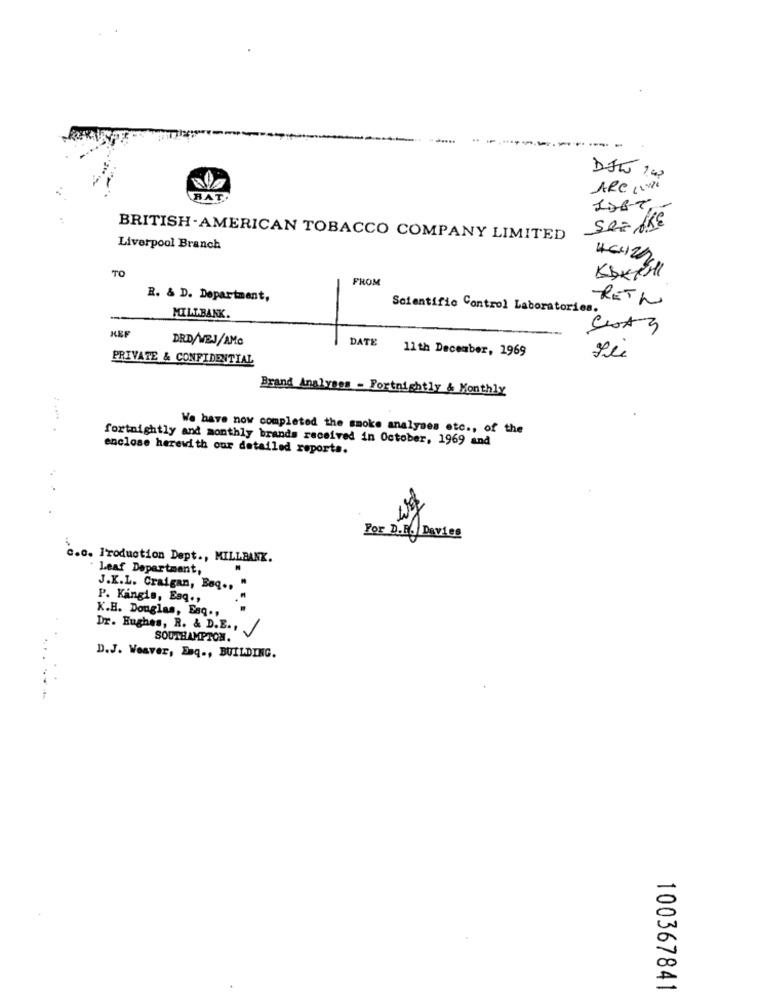
---- -
DJW 140
ARC 12076
BAT.
IDET,
SAISKE
BRITISH-AMERICAN TOBACCO COMPANY LIMITED
Liverpool Branch
454200
TO
FROM
KDETIL
R. & D. Department,
RETh
Scientific Control Laboratories.
MILABANK.
KEF
DRD/WEJ/AMG
DATE
11th December, 1969
PRIVATE & CONFIDENTIAL
Brand Analyses - Fortnightly & Monthly
We have now completed the smoke analyses etc ., of the
fortnightly and monthly brands received in October, 1969 and
enclose herewith our detailed reports.
For D.R. Davies
C.o. Iroduction Dept ., MILLBANK.
. Leaf Department,
J.K.L. Craigan, Bag .,
P. Kingis, Esq .,
K.H. Douglas, Esq .,
L
Dr. Hughes, R. & D.E .,
SOUTHAMPTON.
D.J. Weaver, Esq ., BUILDING.
100367841